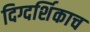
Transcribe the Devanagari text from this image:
दिग्दर्शिकाच